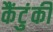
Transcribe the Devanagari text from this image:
कैंटुंकी